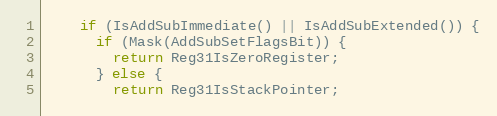
Language: C
    if (IsAddSubImmediate() || IsAddSubExtended()) {
      if (Mask(AddSubSetFlagsBit)) {
        return Reg31IsZeroRegister;
      } else {
        return Reg31IsStackPointer;